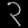
Digit: ၃